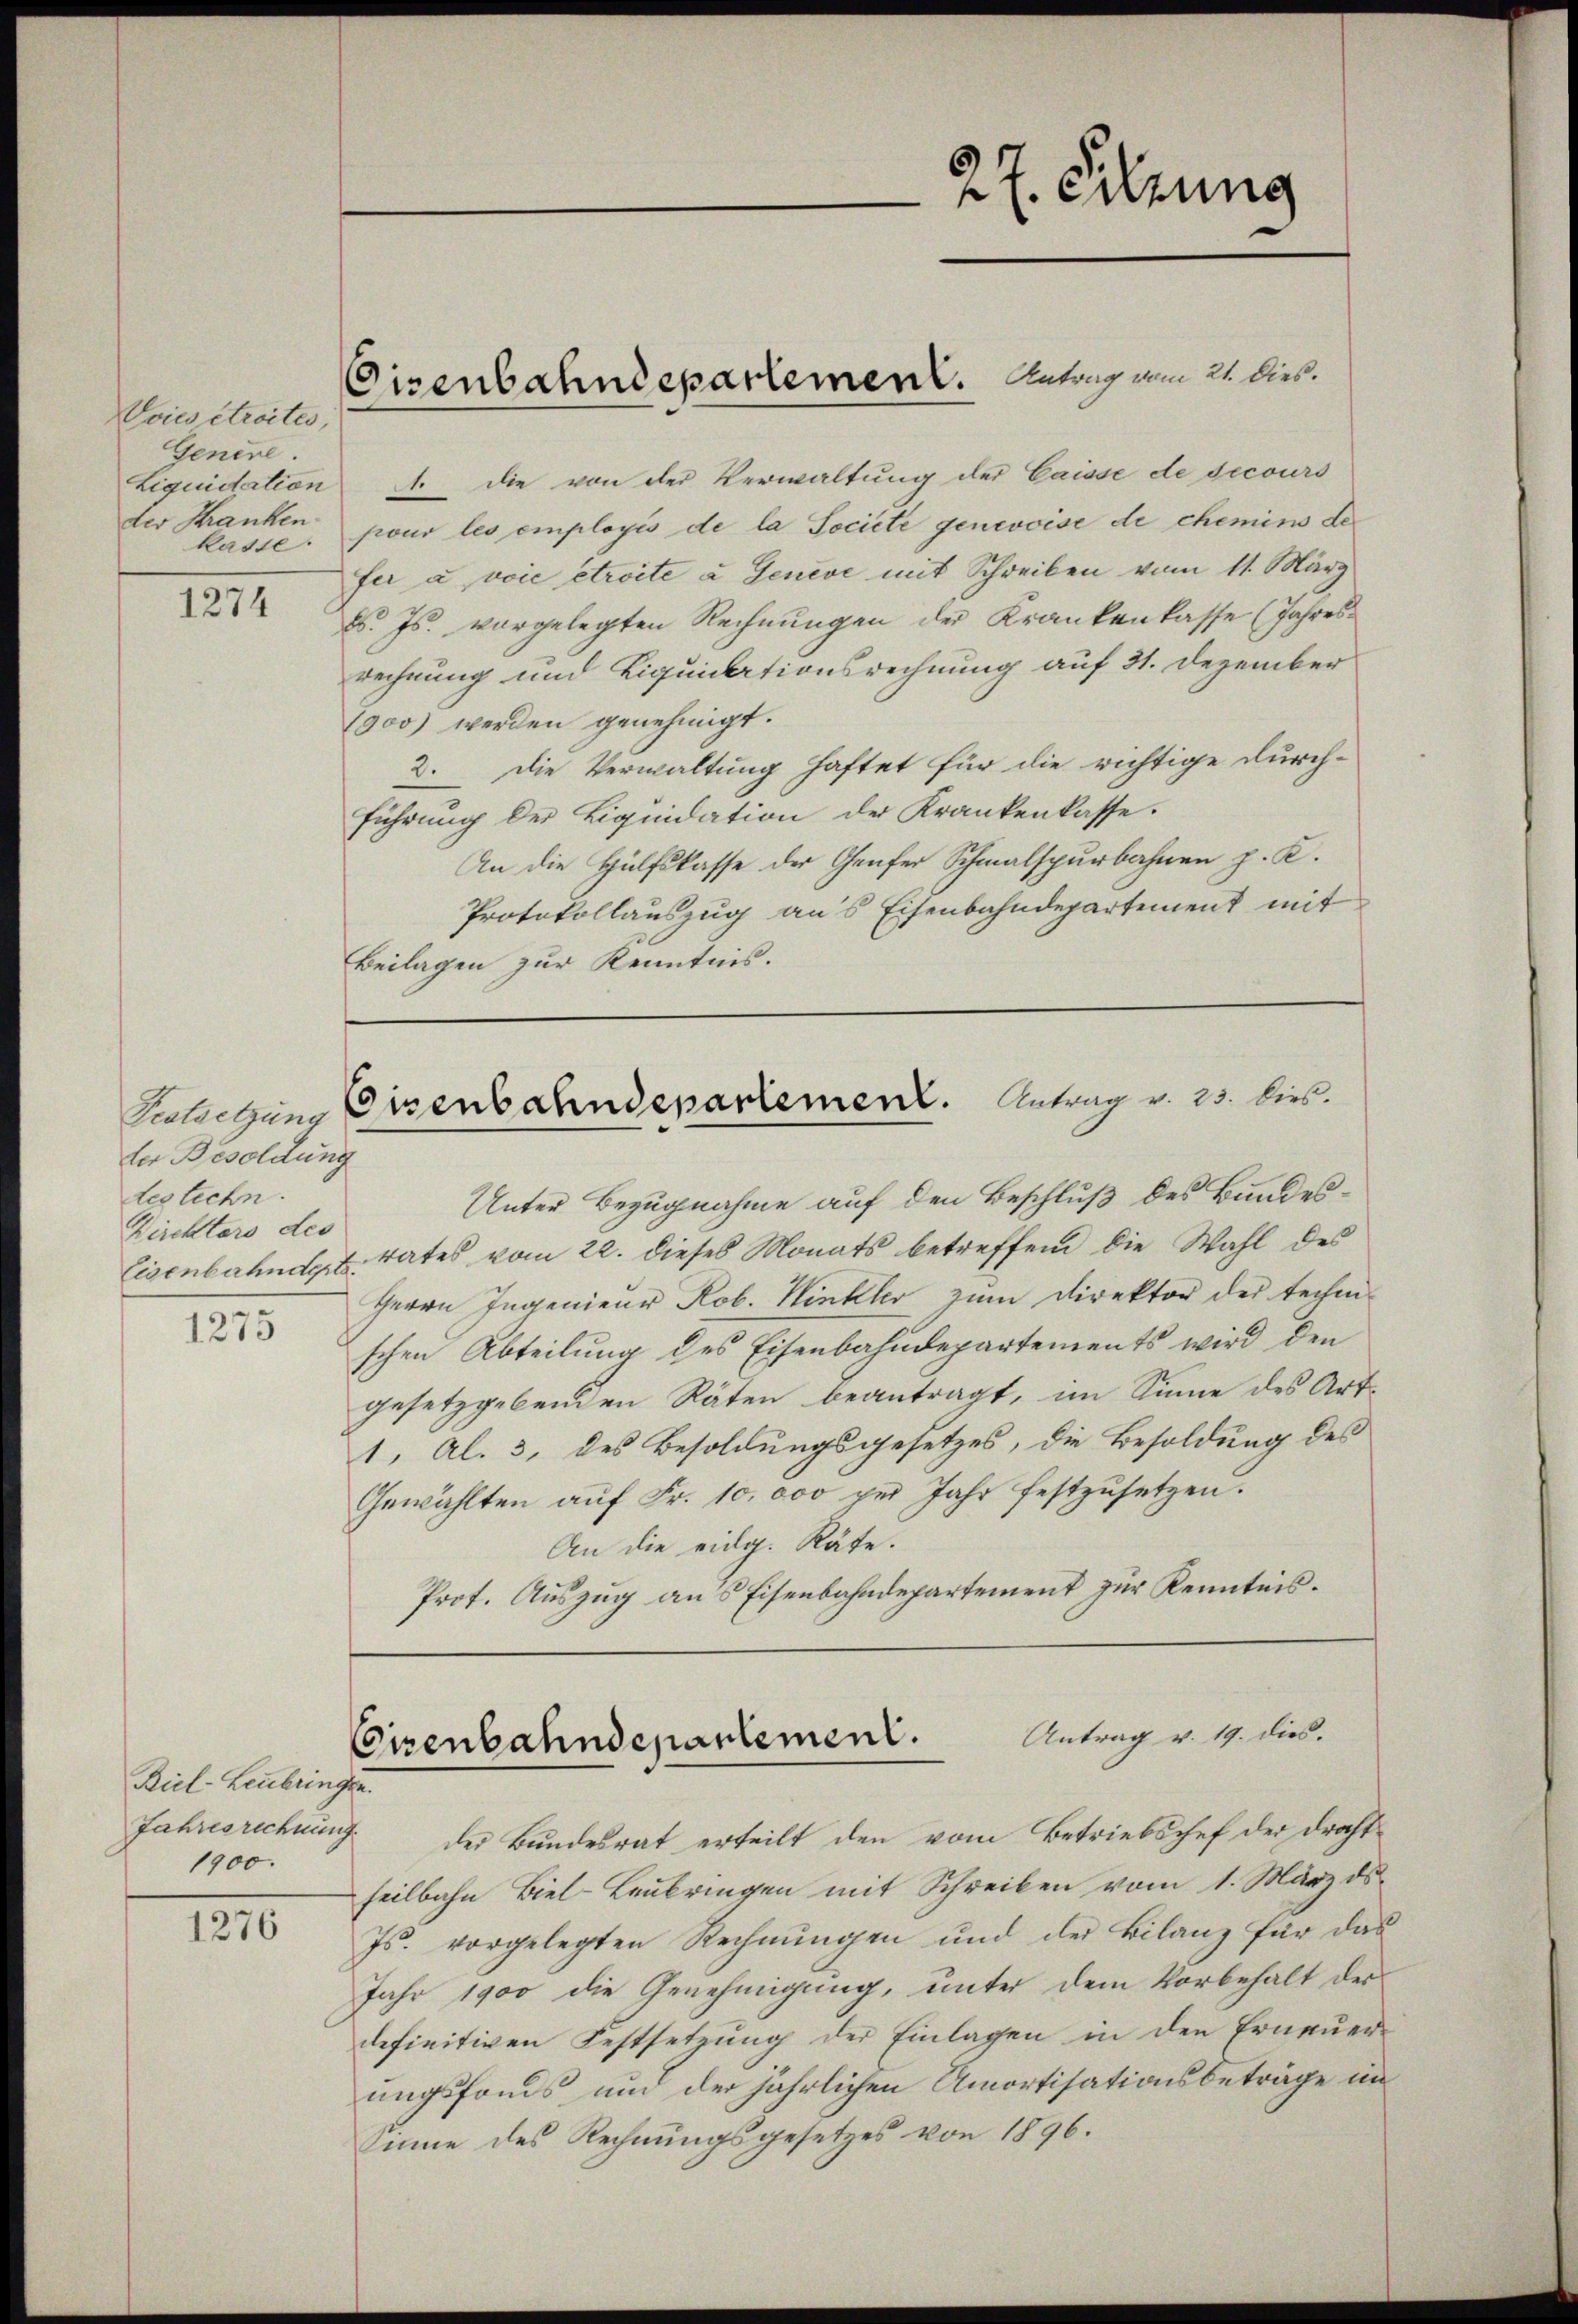
Voies étroites,
Genere.
kasse.

1274

Festsetzung
der Besoldung
destechn.
Kirchtars des
1275

Riel-Leubringen.
Jahresrechnung
1900.

1276

Liquidation 1. die von der Verwaltung der Caisse de secours
der Kranken pour les employés de la Societe genevoise de chemins de
fer a voie etroite u Geneve mit Schreiben vom 11. März
d. Js. vorgelegten Rechnungen der Krankenkasse (Jahresrechnung und Liquidationsrechnung auf 31. Dezember
1900 werden genehmigt.
2. Die Verwaltung haftet für die richtige Durch-
führung der Liquidation der Krankenkasse.
An die Hülfskasse der Genfer Schmalspurbahnen p. K.
Protokollauszug aus Eisenbahndepartement mit
Beilagen zur Kenntnis.

Eisenbahndepartemen. Antrag vom 21. dies.

Unter Bezugnahme auf den Beschluß des Bundes¬
Eisenbahnd, u. tates vom 22. dieses Monats betreffend die Wahl des
Herrn Ingenieur Rob. Hinkler zum Direktor der techni-
schen Abteilung des Eisenbahndepartements wird den
gesetzgebenden Räten beantragt, im Sinne des Art-
1, Al. 3, des Besoldungsgesetzes, die Besoldung des
Gewählten aŭf Fr. 10. 000 per Jahr festzŭsetzen.
An die eidg. Räte.
Prot. Auszug aus Eisenbahndepartement zur Kenntnis.

der Bundesrat erteilt den vom Betriebschef der drachtfeilbahn Biel-Laubringen mit Schreiben vom 1. März ds.
Js. vorgelegten Rechnungen und der Bilanz für das
Jahr 1900 die Genehmigung, unter dem Vorbehalt der
definitiven Festsetzung der Einlagen in den Erneuer-
ungsfonds und der jährlichen Amortisationsbeträge im
Sinne des Rechnungsgesetzes von 1896.

27. Sitzung

Eisenbahndepartement. Antrag v. 23. dies

Antrag v. 19. dies.
Cisenbahndepartement.